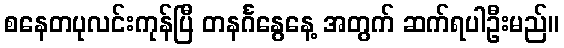
စနေတပုလင်းကုန်ပြီ တနင်္ဂနွေနေ့ အတွက် ဆက်ရပါဦးမည်။